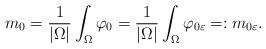
LaTeX: \begin{align*} m_0= \frac{1}{| \Omega |} \int_{\Omega } \varphi_0 = \frac{1}{| \Omega |} \int_{\Omega } \varphi_{0 \varepsilon} =: m_{0\varepsilon}.\end{align*}